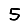
Digit: 5